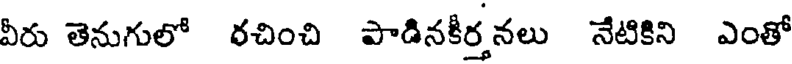
వీరు తెనుగులో రచించి పాడినకీర్తనలు నేటికిని ఎంతో